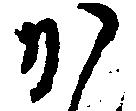
か